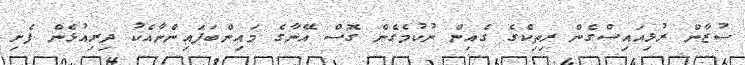
ސުޒާން ރުޅިއައިސްގެން ރިތިކްގެ ގެއިން ނުކުމެގެން ގޮސް އޭނާގެ މައިންބަފައިންނާއެކު ދިރިއުޅެން ފެށި